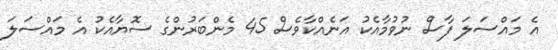
އެ މައްސަލަ ފާސް ނުވުމާއެކު އަނެއްކާވެސް 45 މެންބަރުންގެ ސޮޔާއެކު އެ މައްސަލަ